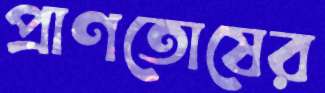
প্রাণতোষের